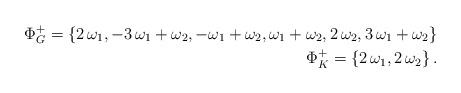
LaTeX: \begin{align*}\Phi_G^{+}=\{2\,\omega_1, -3\, \omega_1+\omega_2,-\omega_1+\omega_2,\omega_1+\omega_2,2\,\omega_2,3\, \omega_1+\omega_2\}\\\Phi_K^{+}=\{2\,\omega_1,2\,\omega_2\}\,.\end{align*}